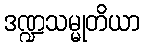
ဒဏ္ဍသမ္မုတိယာ